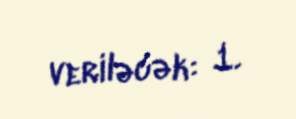
veriləcək: 1.